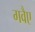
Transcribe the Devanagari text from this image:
गवैए